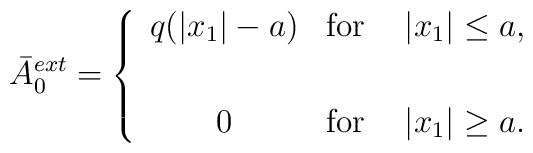
\bar{A}_0^{ext} =\left\{ \begin{array}{cc}q(|x_1|-a) & {\rm for} \hspace{5 mm} |x_1| \leq a,\\\vspace{2 mm} \\0 & {\rm for} \hspace{5 mm} |x_1| \geq a.\end{array}\right.